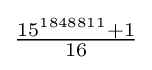
{\tfrac {15^{1848811}+1}{16}}